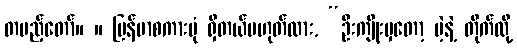
တပည့်တော်။ ။ မြန်မာစကားပုံ ရှိတယ်မဟုတ်လား, “ဦးကျိုးမှတော့ ပဲ့နဲ့ တိုက်လို့